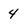
Character: 4